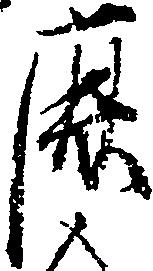
鹿